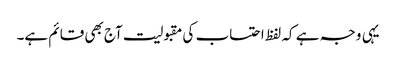
یہی وجہ ہے کہ لفظ احتساب کی مقبولیت آج بھی قائم ہے۔